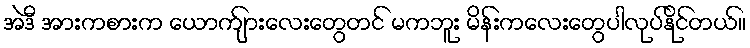
အဲဒီ အားကစားက ယောက်ျားလေးတွေတင် မကဘူး မိန်းကလေးတွေပါလုပ်နိုင်တယ်။